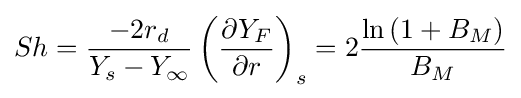
Sh={\frac {-2r_{d}}{Y_{s}-Y_{\infty }}}\left({\frac {\partial {Y_{F}}}{\partial {r}}}\right)_{s}=2{\frac {\ln \left(1+B_{M}\right)}{B_{M}}}